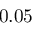
0 . 0 5